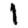
Digit: 1